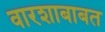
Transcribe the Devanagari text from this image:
वारशाबाबत